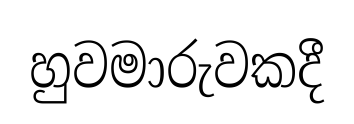
හුවමාරුවකදී